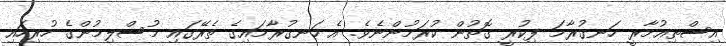
އިސްތިޢުމާރީ ހަނގުރާމަ ފިކުރީ ގޮތުން ކުރަމުންނެވެ. އެ ހަނގުރާމައިގެ ތެރޭގައި މުސްލިމުންގެ ހުރިހައި